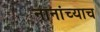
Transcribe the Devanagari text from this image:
नानांच्याच